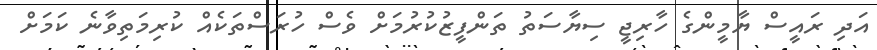
އަދި ރައީސް ޔާމީންގެ ހާރިޖީ ސިޔާސަތު ތަންފީޒުކުރުމަށް ވެސް ހުރަސްތަކެއް ކުރިމަތިވާނެ ކަމަށް